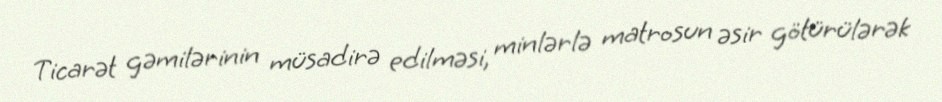
Ticarət gəmilərinin müsadirə edilməsi, minlərlə matrosun əsir götürülərək